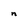
Character: n